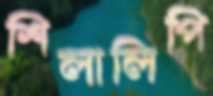
শিলালিপি